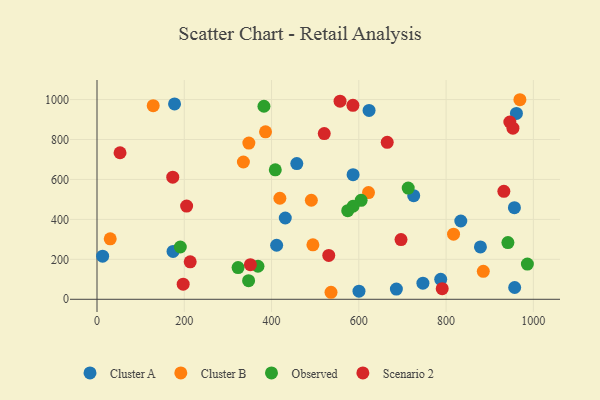
{"axis": {"x": "Distance", "y": "Demand"}, "legend": ["Cluster A", "Cluster B", "Observed", "Scenario 2"], "data": [{"x": "956.6", "y": 458.7, "type": "Cluster A"}, {"x": "600.4", "y": 40.8, "type": "Cluster A"}, {"x": "957.2", "y": 58.9, "type": "Cluster A"}, {"x": "431.5", "y": 407.0, "type": "Cluster A"}, {"x": "177.7", "y": 978.0, "type": "Cluster A"}, {"x": "457.9", "y": 679.7, "type": "Cluster A"}, {"x": "174.3", "y": 239.4, "type": "Cluster A"}, {"x": "746.9", "y": 80.5, "type": "Cluster A"}, {"x": "787.7", "y": 99.7, "type": "Cluster A"}, {"x": "12.9", "y": 216.0, "type": "Cluster A"}, {"x": "411.7", "y": 270.5, "type": "Cluster A"}, {"x": "686.1", "y": 50.9, "type": "Cluster A"}, {"x": "725.8", "y": 518.7, "type": "Cluster A"}, {"x": "878.7", "y": 262.4, "type": "Cluster A"}, {"x": "833.7", "y": 391.9, "type": "Cluster A"}, {"x": "586.9", "y": 624.1, "type": "Cluster A"}, {"x": "623.5", "y": 945.4, "type": "Cluster A"}, {"x": "961.2", "y": 930.8, "type": "Cluster A"}, {"x": "885.3", "y": 139.8, "type": "Cluster B"}, {"x": "30.3", "y": 302.7, "type": "Cluster B"}, {"x": "348.0", "y": 781.9, "type": "Cluster B"}, {"x": "536.3", "y": 35.1, "type": "Cluster B"}, {"x": "622.2", "y": 534.5, "type": "Cluster B"}, {"x": "969.2", "y": 999.2, "type": "Cluster B"}, {"x": "817.1", "y": 325.9, "type": "Cluster B"}, {"x": "386.2", "y": 838.7, "type": "Cluster B"}, {"x": "494.8", "y": 272.8, "type": "Cluster B"}, {"x": "419.1", "y": 506.0, "type": "Cluster B"}, {"x": "335.5", "y": 687.4, "type": "Cluster B"}, {"x": "491.2", "y": 495.9, "type": "Cluster B"}, {"x": "128.8", "y": 969.6, "type": "Cluster B"}, {"x": "713.2", "y": 556.6, "type": "Observed"}, {"x": "347.4", "y": 93.2, "type": "Observed"}, {"x": "382.6", "y": 966.6, "type": "Observed"}, {"x": "605.3", "y": 495.4, "type": "Observed"}, {"x": "586.8", "y": 465.8, "type": "Observed"}, {"x": "941.7", "y": 284.0, "type": "Observed"}, {"x": "323.3", "y": 158.6, "type": "Observed"}, {"x": "408.6", "y": 648.0, "type": "Observed"}, {"x": "986.3", "y": 176.4, "type": "Observed"}, {"x": "574.6", "y": 443.7, "type": "Observed"}, {"x": "368.9", "y": 165.4, "type": "Observed"}, {"x": "190.9", "y": 261.8, "type": "Observed"}, {"x": "197.5", "y": 75.7, "type": "Scenario 2"}, {"x": "557.0", "y": 992.0, "type": "Scenario 2"}, {"x": "173.6", "y": 611.4, "type": "Scenario 2"}, {"x": "665.1", "y": 785.8, "type": "Scenario 2"}, {"x": "791.1", "y": 53.3, "type": "Scenario 2"}, {"x": "586.5", "y": 971.0, "type": "Scenario 2"}, {"x": "52.8", "y": 733.7, "type": "Scenario 2"}, {"x": "932.4", "y": 540.7, "type": "Scenario 2"}, {"x": "213.6", "y": 187.5, "type": "Scenario 2"}, {"x": "946.1", "y": 887.6, "type": "Scenario 2"}, {"x": "205.4", "y": 466.8, "type": "Scenario 2"}, {"x": "520.8", "y": 829.5, "type": "Scenario 2"}, {"x": "531.1", "y": 219.6, "type": "Scenario 2"}, {"x": "351.5", "y": 173.1, "type": "Scenario 2"}, {"x": "696.7", "y": 299.2, "type": "Scenario 2"}, {"x": "953.2", "y": 857.0, "type": "Scenario 2"}]}